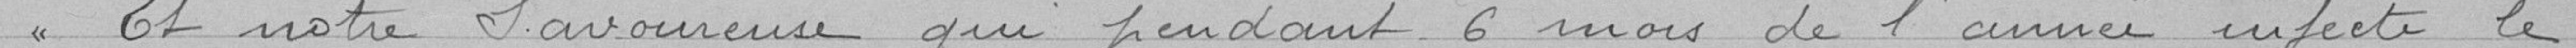
Et notre savoureuse qui pendant 6 mois de l'année infecte le